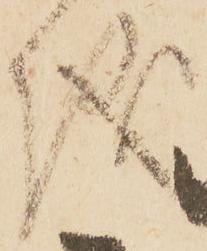
儀